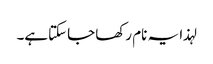
لہذا یہ نام رکھا جاسکتاہے۔